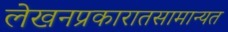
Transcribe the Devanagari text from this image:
लेखनप्रकारातसामान्यत